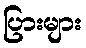
ပြားများ